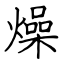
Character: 燥